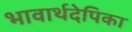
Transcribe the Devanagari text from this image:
भावार्थदेपिका